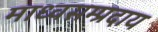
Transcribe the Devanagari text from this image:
माध्वसम्प्रदाय